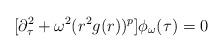
LaTeX: \begin{align*}[\partial_\tau^2 + \omega^2 (r^2 g(r))^p]\phi_\omega (\tau) = 0\end{align*}